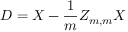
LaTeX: D = X - { \frac { 1 } { m } } Z _ { m , m } X